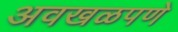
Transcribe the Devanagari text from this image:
अवखळपणे